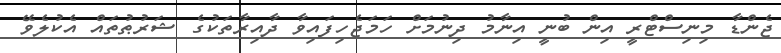
ޖެންޑާ މިނިސްޓްރީ އިން ބުނީ އިނާމު ދިނުމަށް ހަމަޖެހިފައިވާ ދާއިރާތަކުގެ ޝަރުޠުތައް އެކުލެވޭ